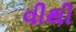
વીથી